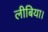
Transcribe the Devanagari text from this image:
लीबिया।